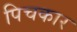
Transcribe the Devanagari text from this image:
पिचकार